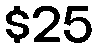
$25